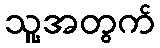
သူ့အတွက်